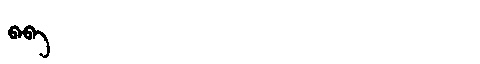
Manchu: ᠪᠠᠪᠠ
Romanization: BABA